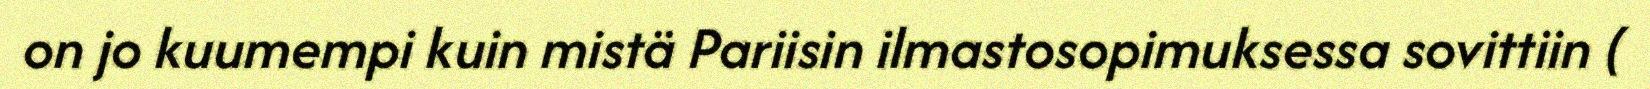
on jo kuumempi kuin mistä Pariisin ilmastosopimuksessa sovittiin (